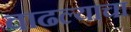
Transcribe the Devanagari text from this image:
वाढल्याचा